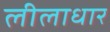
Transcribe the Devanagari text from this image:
लीलाधार